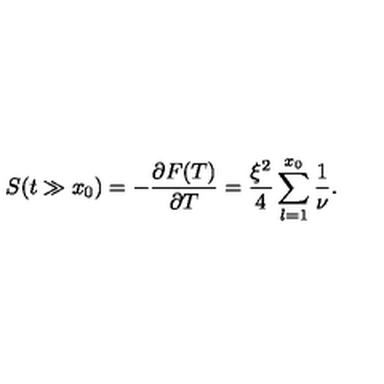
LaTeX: S ( t \gg x _ { 0 } ) = - \frac { \partial F ( T ) } { \partial T } = \frac { \xi ^ { 2 } } { 4 } \sum _ { l = 1 } ^ { x _ { 0 } } \frac { 1 } { \nu } .